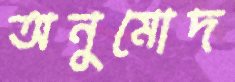
অনুমোদ